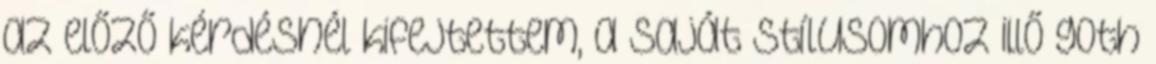
az előző kérdésnél kifejtettem, a saját stílusomhoz illő goth